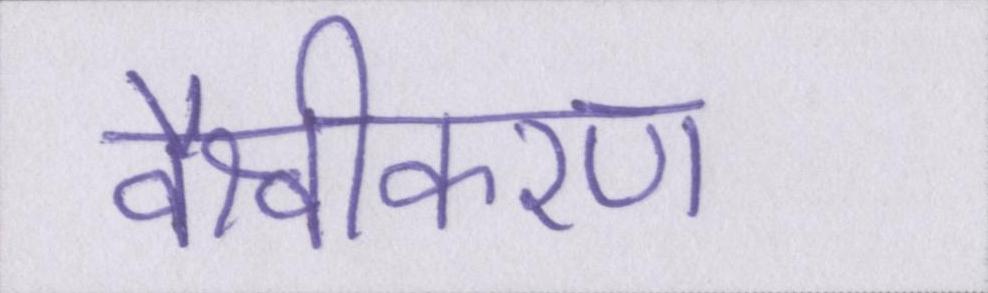
वैश्वीकरण